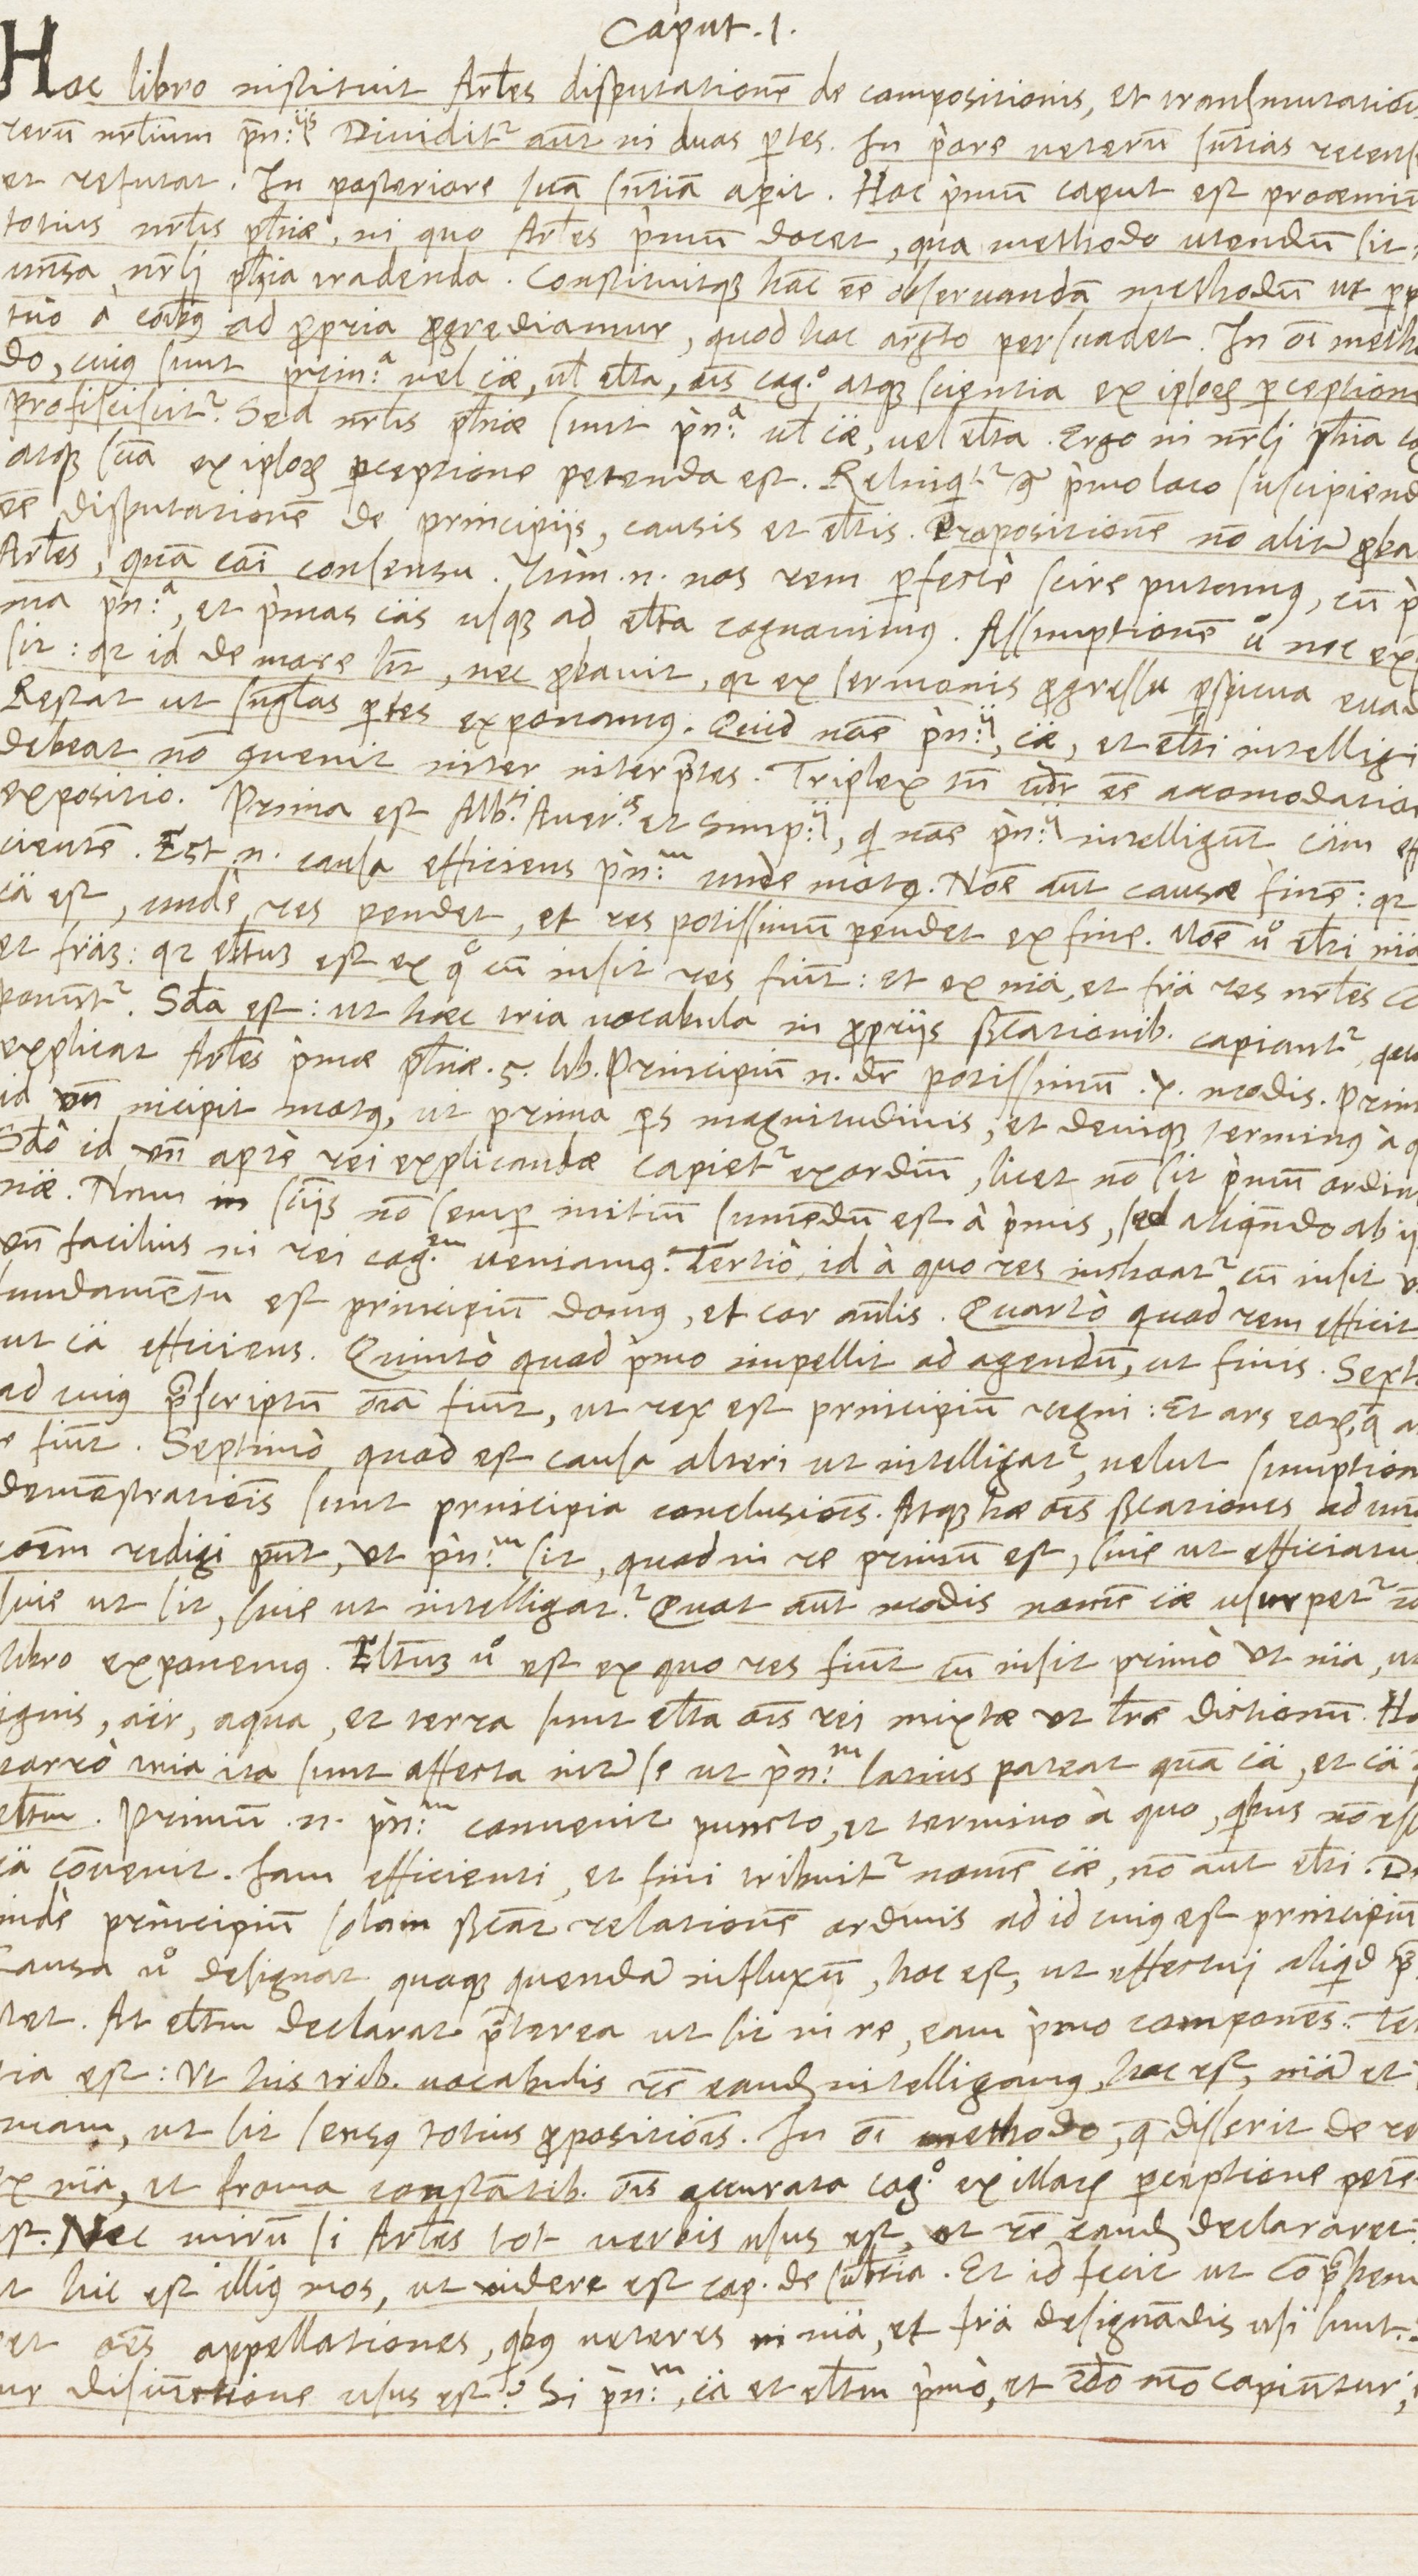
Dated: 1568–1569